Vaccination in the Punjab 1883-1896 - 1883-1896
Year: 1883
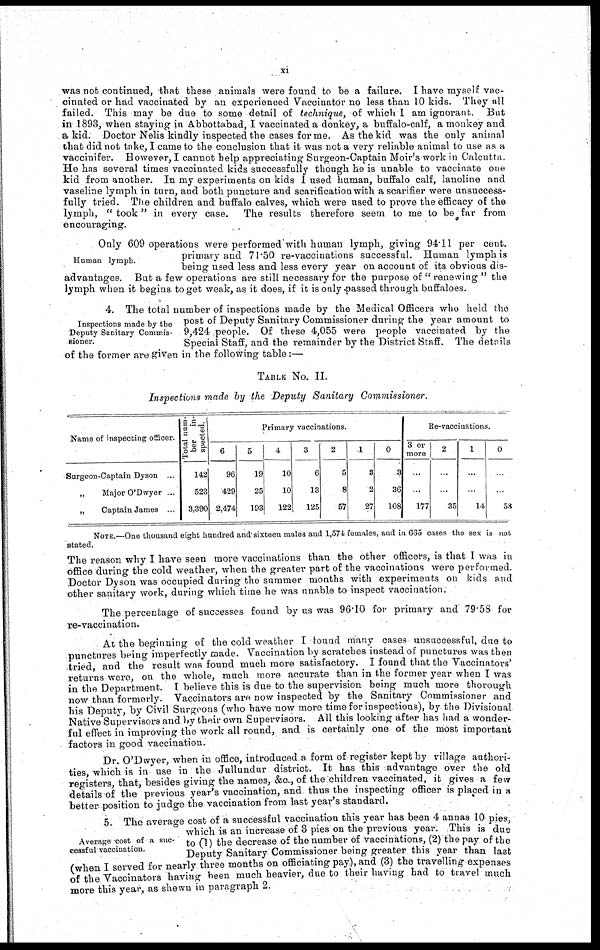
xi
was not continued, that these animals were found to be a failure. I have myself vac-
cinated or had vaccinated by an experienced Vaccinator no less than 10 kids. They all
failed. This may be due to some detail of technique, of which I am ignorant. But
in 1893, when staying in Abbottabad, I vaccinated a donkey, a buffalo-calf, a monkey and
a kid. Doctor Nelis kindly inspected the cases for me. As the kid was the only animal
that did not take, I came to the conclusion that it was not a very reliable animal to use as a
vaccinifer. However, I cannot help appreciating Surgeon-Captain Moir's work in Calcutta.
He has several times vaccinated kids successfully though he is unable to vaccinate one
kid from another. In my experiments on kids I used human, buffalo calf, lanoline and
vaseline lymph in turn, and both puncture and scarification with a scarifier were unsuccess-
fully tried. The children and buffalo calves, which were used to prove the efficacy of the
lymph, " took" in every case. The results therefore seem to me to be far from
encouraging.
Human lymph.
Only 609 operations were performed with human lymph, giving 94.11 per cent.
primary and 71.50 re-vaccinations successful. Human lymph is
being used less and less every year on account of its obvious dis-
advantages. But a few operations are still necessary for the purpose of " renewing " the
lymph when it begins to get weak, as it does, if it is only passed through buffaloes.
Inspections made by the
Deputy Sanitary Commis-
sioner.
4. The total number of inspections made by the Medical Officers who held the
post of Deputy Sanitary Commissioner during the year amount to
9,424 people. Of these 4,055 were people vaccinated by the
Special Staff, and the remainder by the District Staff. The details
of the former are given in the following table:—
TABLE No. II.
Inspections made by the Deputy Sanitary
Commissioner.
Name of inspecting officer.
Surgeon-Captain Dyson ...
„
Major O'Dwyer ...
„
Captain James ...
Total num-
ber
in-
spected.
142
523
3,390
Primary vaccinations.
6
96
429
2,474
5
19
25
193
4
10
10
122
3
6
13
125
2
5
8
57
1
8
2
27
0
3
36
108
Re-vaccinations.
3 or
more
...
...
177
2
...
.
35
1
...
...
14
0
...
58
NOTE.—One thousand eight hundred and sixteen males and 1,574 females, and in 665 cases the sex; is not
stated.
The reason why I have seen more vaccinations than the other officers, is that I was in
office during the cold weather, when the greater part of the vaccinations were performed.
Doctor Dyson was occupied during the summer months with experiments on kids and
other sanitary work, during which time he was unable to inspect vaccination.
The percentage of successes found by us was 96.10 for primary and 79.58 for
re-vaccination.
At the beginning of the cold weather I found many cases unsuccessful, due to
punctures being imperfectly made. Vaccination by scratches instead of punctures was then
tried, and the result was found much more satisfactory. I found that the Vaccinators'
returns were, on the whole, much more accurate than in the former year when I was
in the Department. I believe this is due to the supervision being much more thorough
now than formerly. Vaccinators are now inspected by the Sanitary Commissioner and
his Deputy, by Civil Surgeons (who have now more time for inspections), by the Divisional
Native Supervisors and by their own Supervisors. All this looking after has had a wonder-
ful effect in improving the work all round, and is certainly one of the most important
factors in good vaccination.
Dr.O'Dwyer, when in office, introduced a form of register kept by village authori-
ties, which is in use in the Jullundur district. It has this advantage over the old
registers, that, besides giving the names, &c., of the children vaccinated, it gives a few
details of the previous year's vaccination, and thus the inspecting officer is placed in a
better position to judge the vaccination from last year's standard.
Average cost of a suc-
cessful vaccination.
5. The average cost of a successful vaccination this year has been 4 annas 10 pies,
which is an increase of 3 pies on the previous year. This is due
to (1) the decrease of the number of vaccinations, (2) the pay of the
Deputy Sanitary Commissioner being greater this year than last
(when I served for nearly three months on officiating pay), and (3) the travelling expenses
of the Vaccinators having been much heavier, due to their having had to travel much
more this year, as shewn in paragraph 2.